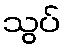
သွပ်